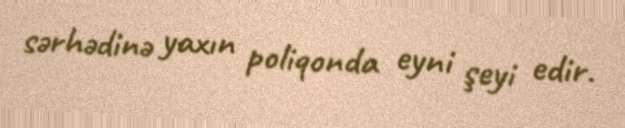
sərhədinə yaxın poliqonda eyni şeyi edir.